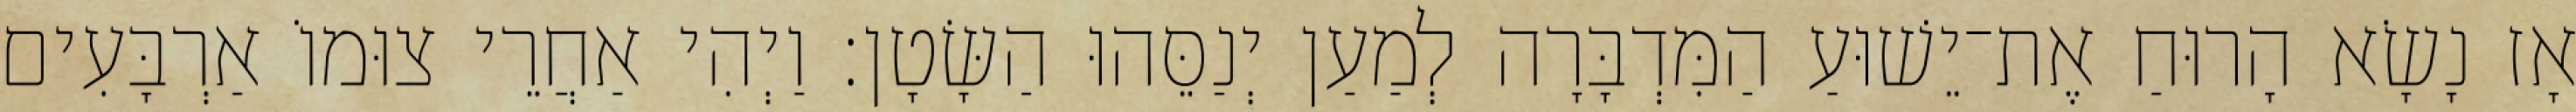
אָז נָשָׂא הָרוּחַ אֶת־יֵשׁוּעַ הַמִּדְבָּרָה לְמַעַן יְנַסֵּהוּ הַשָּׂטָן׃ וַיְהִי אַחֲרֵי צוּמוֹ אַרְבָּעִים